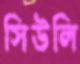
সিউলি